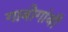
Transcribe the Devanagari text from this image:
गावोगांवी